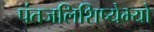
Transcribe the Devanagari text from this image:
पंतजलिशिष्येभ्यो